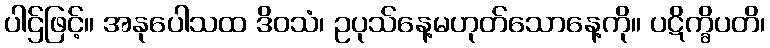
ပါဌ်ဖြင့်။ အနုပေါသထ ဒိဝသံ၊ ဥပုသ်နေ့မဟုတ်သောနေ့ကို။ ပဋိက္ခိပတိ၊